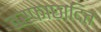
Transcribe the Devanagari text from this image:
बर्फाछादित